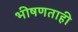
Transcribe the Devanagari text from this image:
भीषणताही